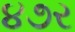
૪૭ર